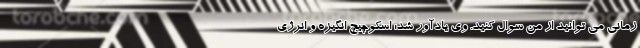
زمانی می توانید از من سوال کنید. وی یادآور شد: اسکوچیچ انگیزه و انرژی